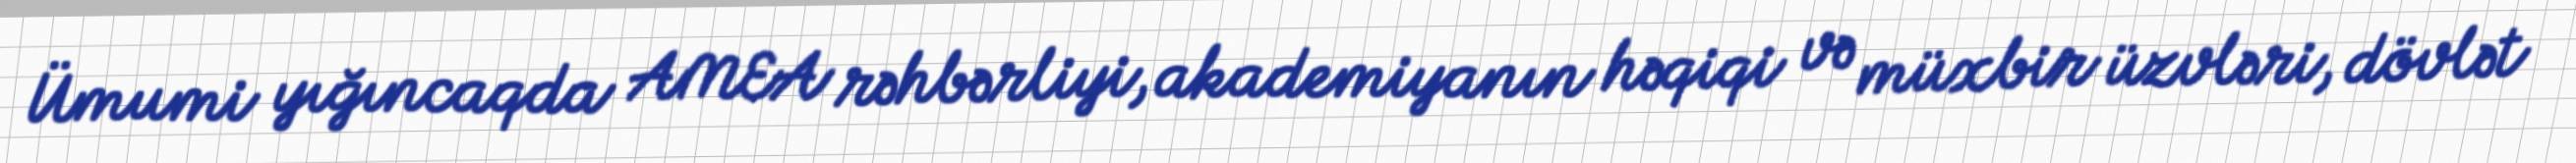
Ümumi yığıncaqda AMEA rəhbərliyi, akademiyanın həqiqi və müxbir üzvləri, dövlət